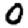
Digit: 0